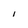
Character: l